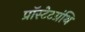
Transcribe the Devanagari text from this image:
प्रॉस्टेटग्रंथि